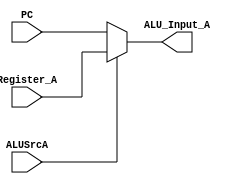
`timescale 1ns / 1ps
//////////////////////////////////////////////////////////////////////////////////
// Company: 
// Engineer: 
// 
// Design Name: 
// Module Name: MUX_A
// Project Name: 
// Target Devices: 
// Tool Versions: 
// Description: 
// 
// Dependencies: 
// 
// Revision:
// Revision 0.01 - File Created
// Additional Comments:
// 
//////////////////////////////////////////////////////////////////////////////////


module MUX_A(input [31:0] PC, input [31:0] Register_A, input ALUSrcA, output reg [31:0] ALU_Input_A);

always@( ALUSrcA )
begin
    if(ALUSrcA)
       ALU_Input_A <= Register_A;
    else
        ALU_Input_A <= PC; 
end
endmodule